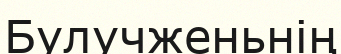
Булучженьнің